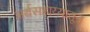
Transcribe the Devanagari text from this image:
अर्थसहाय्यातून